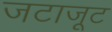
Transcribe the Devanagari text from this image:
जटाजूट